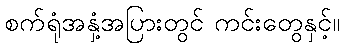
စက်ရုံအနှံ့အပြားတွင် ကင်းတွေနှင့်။